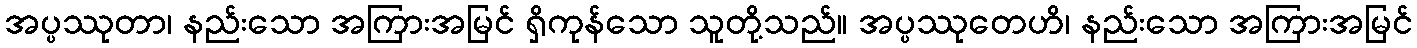
အပ္ပဿုတာ၊ နည်းသော အကြားအမြင် ရှိကုန်သော သူတို့သည်။ အပ္ပဿုတေဟိ၊ နည်းသော အကြားအမြင်